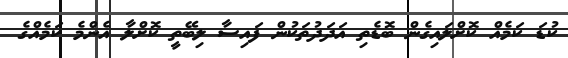
ކުޑަ ކަމެއް ކޮށްލައިގެން ބޮޑެތި އަދަދުތަކުން ފައިސާ ލިބޭތީ ކޮށްލާ އެންމެ ކަމެއްގެ